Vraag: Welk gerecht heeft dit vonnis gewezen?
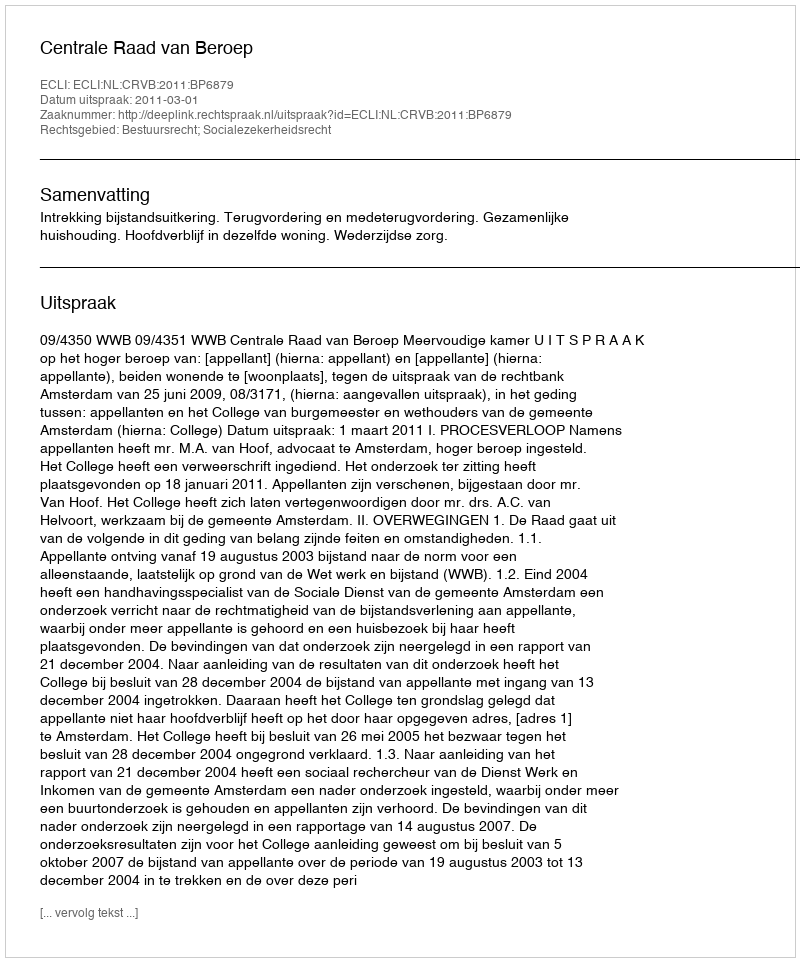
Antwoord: Centrale Raad van Beroep